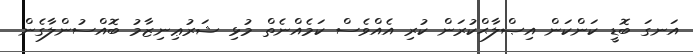
އަނގަ ބޮޑީ ކަންކަން އިޞްލާޙްކުރަން ކުރި އެއްވެސް ކަމެއްނެތް މުޅި ޝަރުޢިނިޒާމު ބޮއްސުންލާގެން